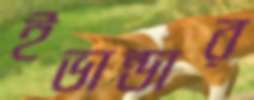
ইভান্ডার